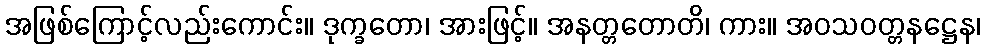
အဖြစ်ကြောင့်လည်းကောင်း။ ဒုက္ခတော၊ အားဖြင့်။ အနတ္တတောတိ၊ ကား။ အဝသဝတ္တနဋ္ဌေန၊